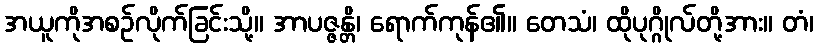
အယူကိုအစဉ်လိုက်ခြင်းသို့။ အာပဇ္ဇန္တိ၊ ရောက်ကုန်၏။ တေသံ၊ ထိုပုဂ္ဂိုလ်တို့အား။ တံ၊